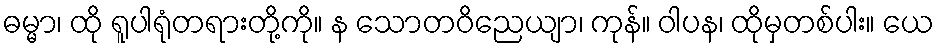
ဓမ္မာ၊ ထို ရူပါရုံတရားတို့ကို။ န သောတဝိညေယျာ၊ ကုန်။ ဝါပန၊ ထိုမှတစ်ပါး။ ယေ